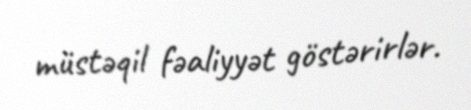
müstəqil fəaliyyət göstərirlər.